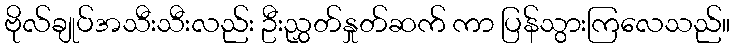
ဗိုလ်ချုပ်အသီးသီးလည်း ဦးညွှတ်နှုတ်ဆက် ကာ ပြန်သွားကြလေသည်။